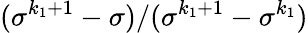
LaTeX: (\sigma^{k_{1}+1}-\sigma)/(\sigma^{k_{1}+1}-\sigma^{k_{1}})